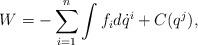
LaTeX: \begin{align*}W=-\sum_{i=1}^{n}\int f_{i}d\dot{q}^{i}+C(q^{j}),\end{align*}